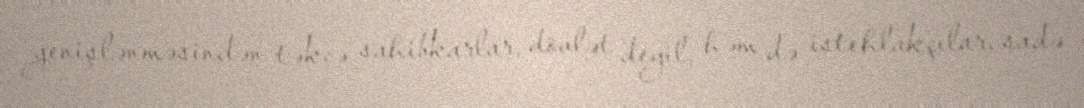
genişlənməsindən təkcə sahibkarlar, dövlət deyil, həm də istehlakçılar, sadə